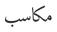
مكاسب